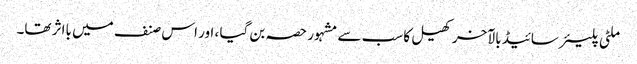
ملٹی پلیئر سائیڈ بالآخر کھیل کا سب سے مشہور حصہ بن گیا ، اور اس صنف میں بااثر تھا۔